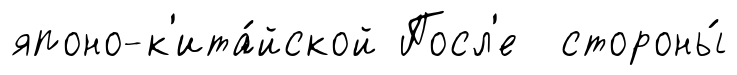
японо-к'ита́йской Посл'е стороны́